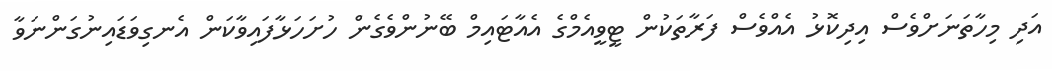
އަދި މިހާތަނަށްވެސް އިދިކޮޅު އެއްވެސް ފަރާތަކުން ޓީވީއެމްގެ އެއާޓައިމް ބޭނުންވެގެން ހުށަހަޅާފައިވާކަން އެނގިވަޑައިނުގަންނަވާ